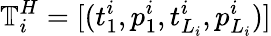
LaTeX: \mathbb{T}_{i}^{H}=[(t_{1}^{i},p_{1}^{i},t_{L_{i}}^{i},p_{L_{i}}^{i})]